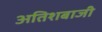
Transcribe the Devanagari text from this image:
अतिशबाजी